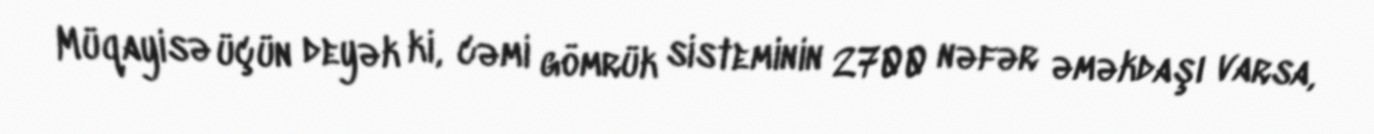
Müqayisə üçün deyək ki, cəmi gömrük sisteminin 2700 nəfər əməkdaşı varsa,